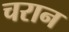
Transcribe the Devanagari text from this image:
चरान